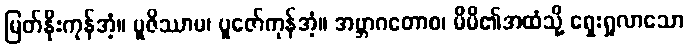
မြတ်နိုးကုန်အံ့။ ပူဇိဿာမ၊ ပူဇော်ကုန်အံ့။ အဗ္ဘာဂတောစ၊ မိမိ၏အထံသို့ ရှေးရှုလာသော